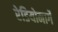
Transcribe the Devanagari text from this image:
रेडियोमार्गे